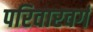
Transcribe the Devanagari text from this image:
परिवारवर्ग